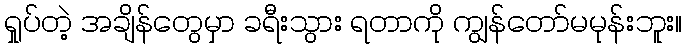
ရှုပ်တဲ့ အချိန်တွေမှာ ခရီးသွား ရတာကို ကျွန်တော်မမုန်းဘူး။